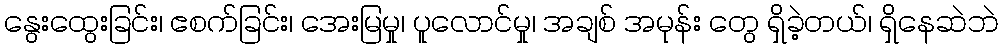
နွေးထွေးခြင်း၊ ဧစက်ခြင်း၊ အေးမြမှု၊ ပူလောင်မှု၊ အချစ် အမုန်း တွေ ရှိခဲ့တယ်၊ ရှိနေဆဲဘဲ